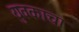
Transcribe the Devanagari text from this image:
युवकाचा